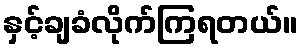
နှင့်ချခံလိုက်ကြရတယ်။